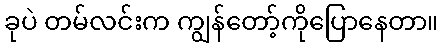
ခုပဲ တမ်လင်းက ကျွန်တော့်ကိုပြောနေတာ။